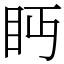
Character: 眄